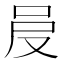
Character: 𠰎